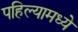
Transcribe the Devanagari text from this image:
पहिल्यामध्ये